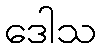
ဒေါသ